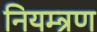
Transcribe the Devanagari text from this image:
नियम्त्रण